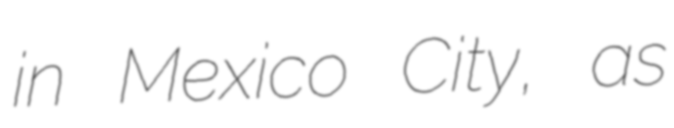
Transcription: in Mexico City, as